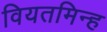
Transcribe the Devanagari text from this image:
वियतमिन्ह